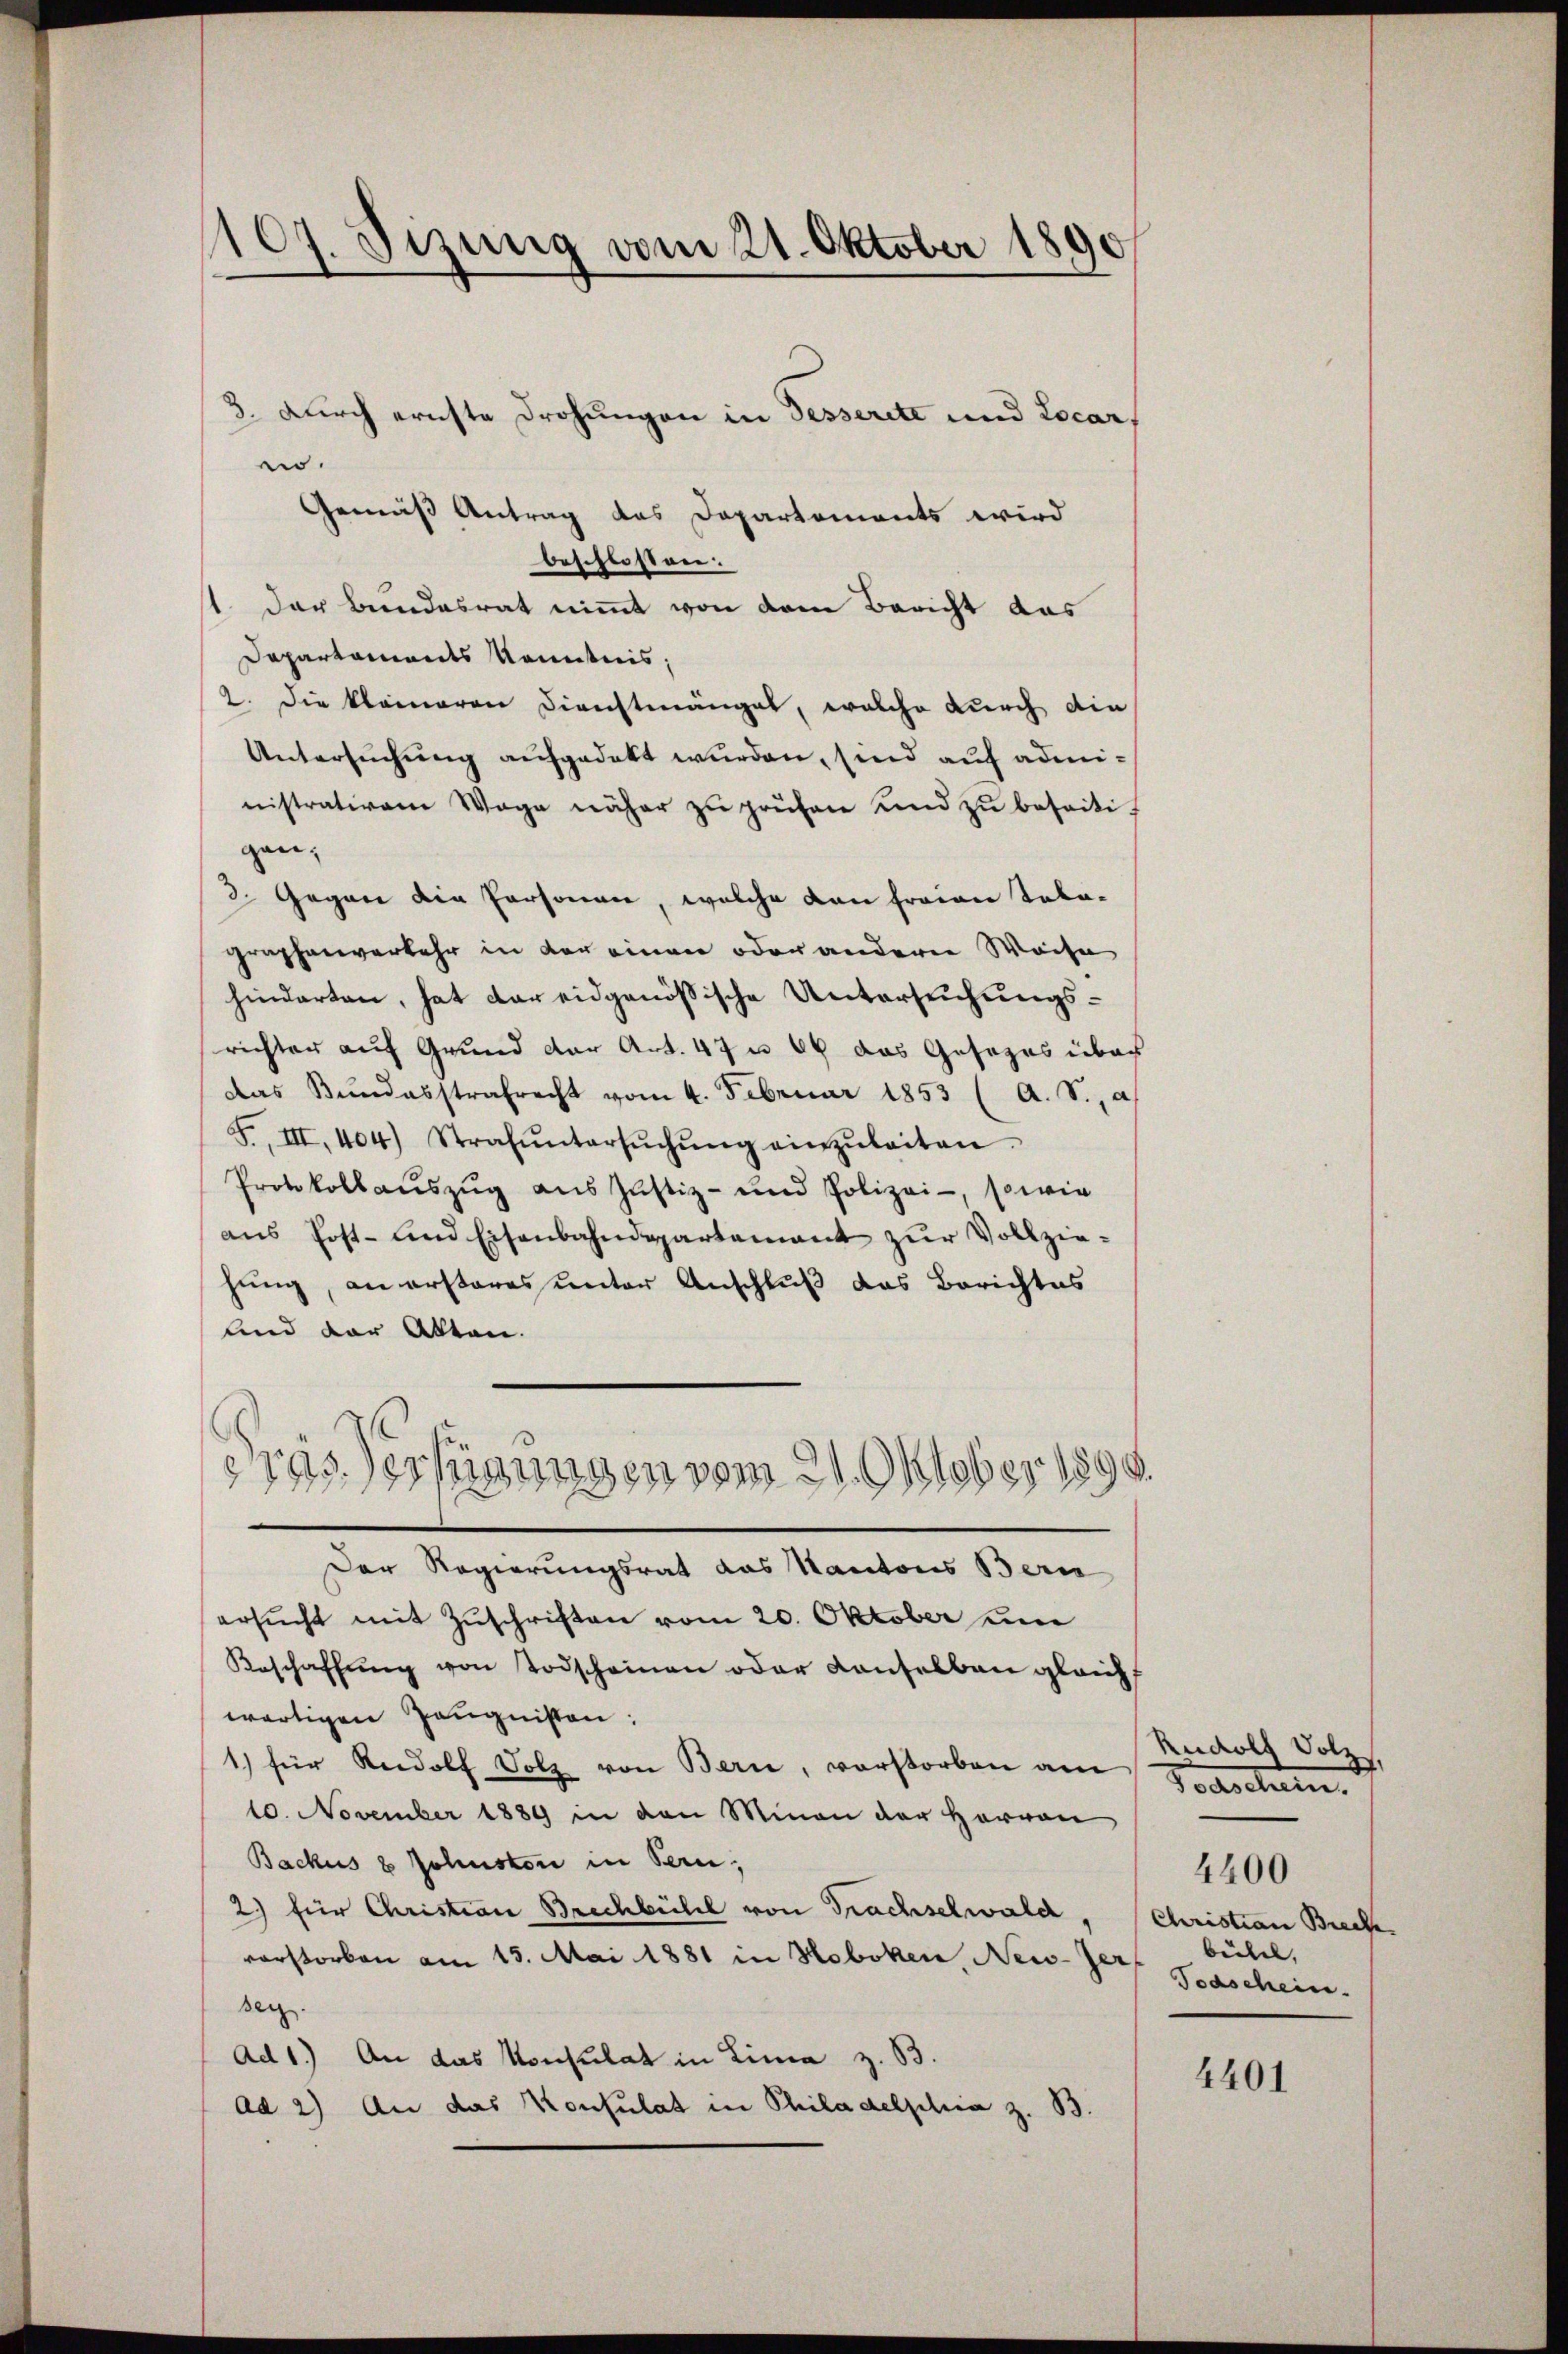
107. Jizung vom 21. Oktober 1890

.
Gemäß Antrag das Departements wird
beschlossen:
1 der Beendesrat nimmt von dem Bericht das
Departements Kenntnis,
2. Die kleineren Dienstmängel, welche durch die
Untersuchung aufgedekt wurden, sind auf administrativem Wage näher zŭ prüfen und zŭ beseitigen;
2. Gegen die Personen, welche dann freien Totagraphenverkehr in der einen oder anderer Weise
hinderten, hat der eidgenössische Untersuchungsrichter auf Grund der Art. 47 u. 44 das Gesezes über
Das Bundesstrafrecht vom 4. Februar 1853 (A. S., a
F. III. 404) Strafŭntersŭchŭng einzŭleiten.
Protokollauszug aus Justiz- und Polizei-, sowie
aus Post- und Eisenbahndepartement zur Vollziehung, an ersteres unter Anschluß das Berichtes
lnd der Akten.
dres Verfügungen vom 21. Oktober 1890
Der Regierungsrat das Kantons Bern
ersŭcht mit Zuschriften vom 20. Oktober um
Geschaffŭng von Todscheinen oder Konselbau gleichf
wärtigen Zeugnissen:
1) für Rudolf Holz von Bern, vorstorben am
10. November 1889 in den Minen der Herren
Backus 8 Johnsten in Bern,
2) für Christian Brechbühel von Trachselwald,
vorstorben am 13. Mai 1881 in Hoboken, New-Jer
sey.
Ad 1.) An das Konsulat in Linie z. B.
Ad 2) An das Konsulat in Philadelphia z. B.

3. Durch ernste Drohungen in desserite und Locar,

Rudolf Volz,
Taschein.
Christian Breche
bühel,
Todschein.

4400

4401